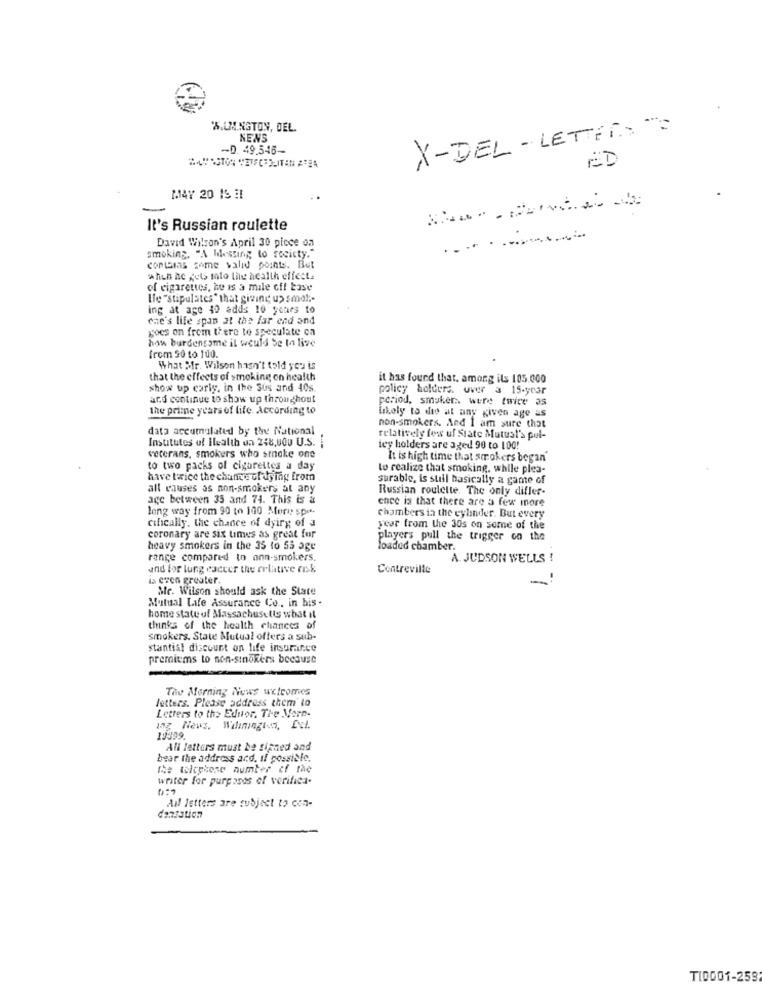
*%.UM.NGTON, DEL.
X-DEL- LETTERS "
NENS
-D. 49.546-
MAY 20 15 :1
It's Russian roulette
David Wilson's April 30 picce on
smoking, "A Milessing to society."
contains fome valid points. But
* hun ne get tato the health effect.
of cigarettes, he is a male off base
Hle "stipulates " that giving u> smok .-
ing at age 40 adds 10 years to
cae's life span at the far end and
goes on from there to speculate on
how burdensome il would Se to live
from 90 to 100.
What Mr. Wilson hasn't told you is
that the effects of smoking on health
it has found that. among ils 105.000
show up carly, in the Sus and 40s.
policy holders. uver a 15-year
and continue to show up throughout
period, smuker were twice 35
the prime years of life. According to
Likely to do at any given age as
data accumulated by the National
non-smokers. And I am sure that
Institutes of Health un 248,000 U.S.
relatively few uf State Mutual's pul-
ley holders are aged 90 to 100!
veterans, smokers who stnoke one
It is high time that smokers began'
to two packs of cigarettes a day
to realize that smoking. while plea-
have twice the chance of dying from
surable, is still basically a game of
all causes as non-smokers at any
Russian roulette. The only difler-
age between 35 and 74. This is a
long way from 90 to 100 More spit-
chee is that there are a few more
cifically. the chance of dying of a
chambers ia the cylinder. But every
year from the 30s on some of the
coronary are six times as great for
players pull the trigger on the
heavy smokers in the 35 to 55 age
foadud chamber.
range compared to ann-smokers.
A JUDSON WELLS !
and for lung eacter the relative risk
Contreville
is even greater.
Mr. Wilson should ask the State
Mutual Life Assurance Cu, in his.
home state of Massachusetts what it
thinks of the health chances of
Smokers. State Mutual offers a sub-
stantial discount on life insurance
premiums to non-sinokers because
The Morning News welcomes
letters. Please address them to
Letters to the Editor. The More-
tag News, Wilmington, Pel.
19399.
All letters must be signed and
bear the address and, If possible.
The telephone number of the
writer for purposes of verifica-
Ail letters are subject to con-
dansation
TI0001-2592